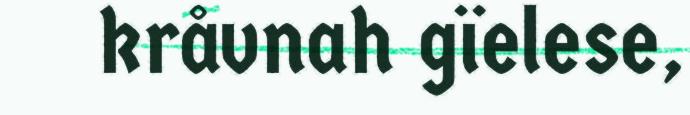
kråvnah gïelese,